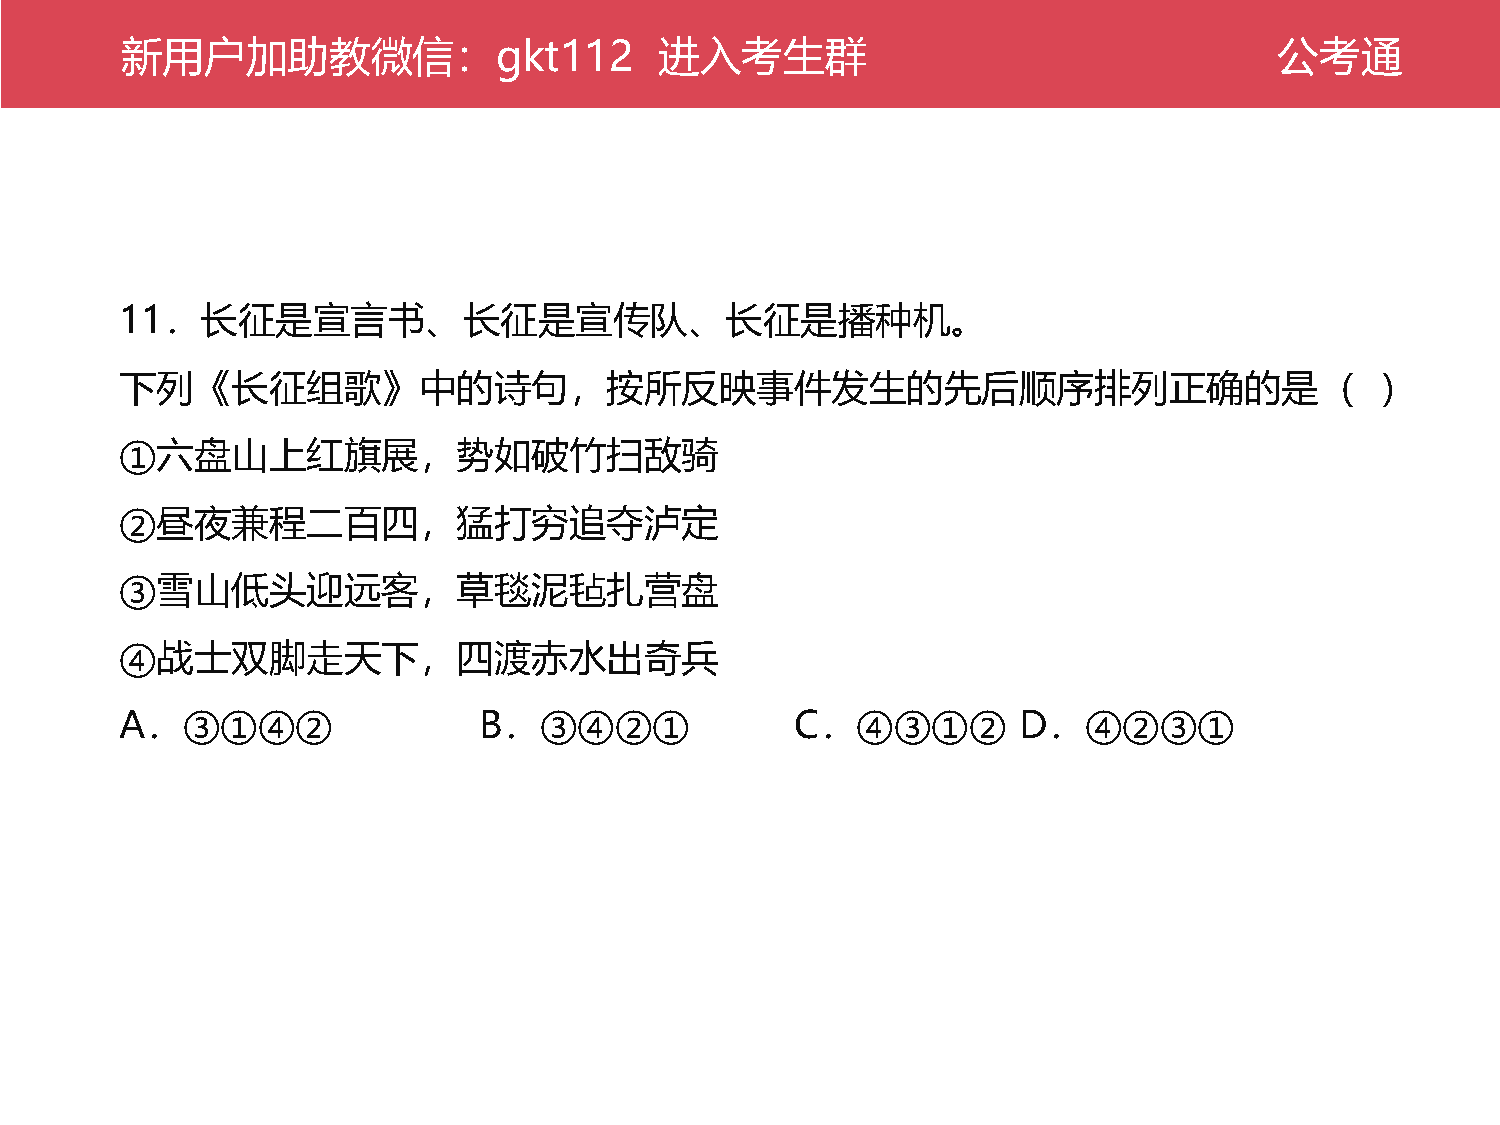
新公用考户通加助教微信：gkt112                  进入考生群                                    公考通
 11．长征是宣言书、长征是宣传队、长征是播种机。
 下列《长征组歌》中的诗句，按所反映事件发生的先后顺序排列正确的是（                                                  ）
 ①六盘山上红旗展，势如破竹扫敌骑
 ②昼夜兼程二百四，猛打穷追夺泸定
 ③雪山低头迎远客，草毯泥毡扎营盘
 ④战士双脚走天下，四渡赤水出奇兵
 A．③①④②                  B．③④②①               C．④③①②        D．④②③①